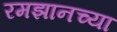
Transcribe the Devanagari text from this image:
रमझानच्या